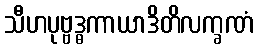
သီဟပုဗ္ဗဒ္ဓကာယာဒိတိလက္ခဏံ